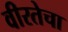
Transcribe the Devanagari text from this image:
वीरतेचा